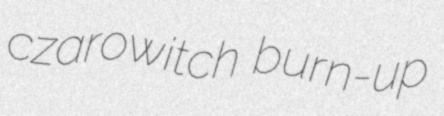
czarowitch burn-up